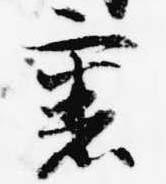
裏